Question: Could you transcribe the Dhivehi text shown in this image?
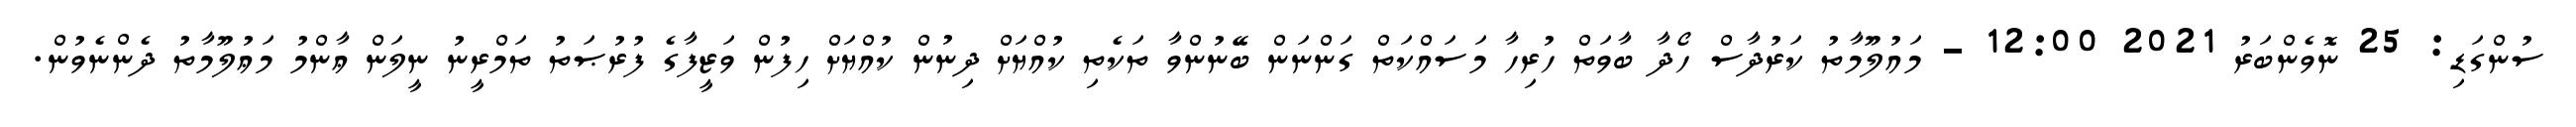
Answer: ސުންގަޑި: 25 ނޮވެންބަރު 2021 12:00 - މައުލޫމާތު ކަރުދާސް ހޯދާ ބާވަތް ހުރިހާ މަސައްކަތް ގަންނަން ބޭނުންވާ ތަކެތި ކުއްޔަށް ދިނުން ކުއްޔަށް ހިފުން ވަޒީފާގެ ފުރުޞަތު ތަމްރީނު ނީލަން ޢާންމު މަޢުލޫމާތު ދެންނެވުން.